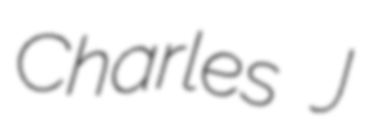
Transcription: Charles J